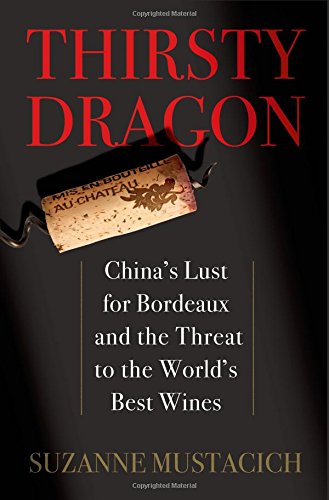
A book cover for Thirsty Dragon: China's Lust for Bordeaux and the Threat to the World's Best Wines; Suzanne Mustacich; Cookbooks, Food & Wine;